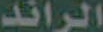
الرائد